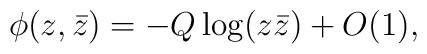
\phi(z,\bar{z})=-Q\log(z\bar{z})+O(1),\nonumber